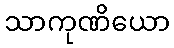
သာကုဏိယော